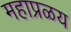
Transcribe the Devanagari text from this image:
महाप्रळय